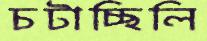
চটাচ্ছিলি